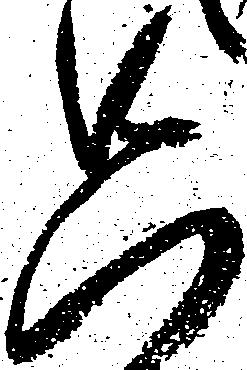
只